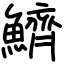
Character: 鱭